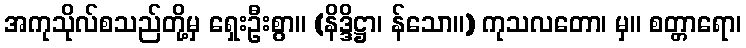
အကုသိုလ်စသည်တို့မှ ရှေးဦးစွာ။ (နိဒ္ဒိဋ္ဌာ၊ န်သော။) ကုသလတော၊ မှ။ စတ္တာရော၊